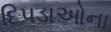
દિપડાઓના